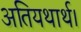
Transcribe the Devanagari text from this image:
अतियथार्थ।